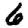
Digit: 6